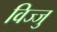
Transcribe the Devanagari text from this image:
विज्जु